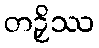
တဉှိဿ